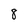
Character: 8